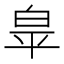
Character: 𭽏